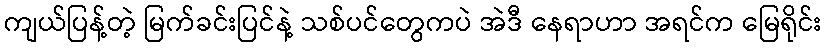
ကျယ်ပြန့်တဲ့ မြက်ခင်းပြင်နဲ့ သစ်ပင်တွေကပဲ အဲဒီ နေရာဟာ အရင်က မြေရိုင်း